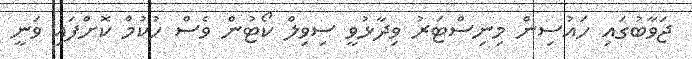
ޖަވާބުގައި ހައުސިން މިނިސްޓަރު ވިދާޅުވީ ސިވިލް ކޯޓުން ވެސް ހުކުމް ކޮށްފައި ވަނީ